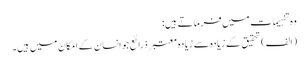
وہ تفہیمات میں فرماتے ہیں:
(الف) تحقیق کے زیادہ سے زیادہ معتبر ذرائع جو انسان کے امکان میں ہیں۔